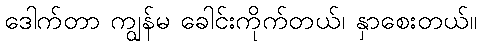
ဒေါက်တာ ကျွန်မ ခေါင်းကိုက်တယ်၊ နှာစေးတယ်။